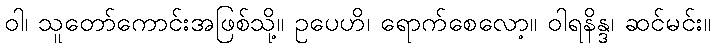
ဝါ၊ သူတော်ကောင်းအဖြစ်သို့။ ဥပေဟိ၊ ရောက်စေလော့။ ဝါရနိန္ဒ၊ ဆင်မင်း။